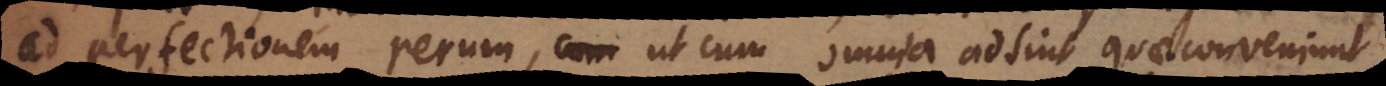
ad perfectionem rerum, ut cum omnia adsint quae conveniunt